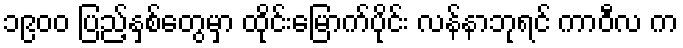
၁၉၀၀ ပြည့်နှစ်တွေမှာ ထိုင်းမြောက်ပိုင်း လန်နာဘုရင် ကာဝီလ က